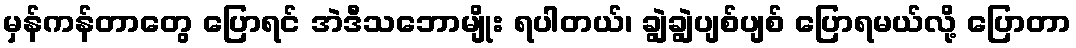
မှန်ကန်တာတွေ ပြောရင် အဲဒီသဘောမျိုး ရပါတယ်၊ ချွဲချွဲပျစ်ပျစ် ပြောရမယ်လို့ ပြောတာ